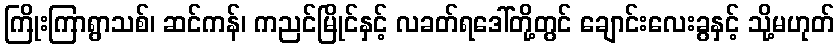
ကြိုးကြာရွာသစ်၊ ဆင်ကန်၊ ကညင်မြိုင်နှင့် လခတ်ရဒေါ်တို့တွင် ချောင်းလေးခွနှင့် သို့မဟုတ်